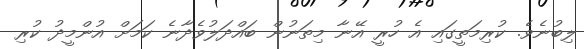
ލިބުނެވެ. ކުރިމަތީގައި އެ ހުރީ އޭނާ މިތަނުން ބައްދަލުވެދާނެ ކަމަށް އުންމީދު ކުރި